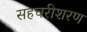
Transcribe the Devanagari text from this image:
सहचरीशरण